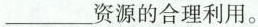
___资源的合理利用。